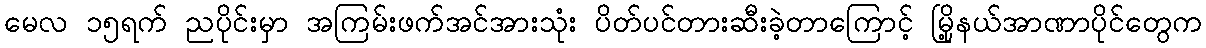
မေလ ၁၅ရက် ညပိုင်းမှာ အကြမ်းဖက်အင်အားသုံး ပိတ်ပင်တားဆီးခဲ့တာကြောင့် မြို့နယ်အာဏာပိုင်တွေက